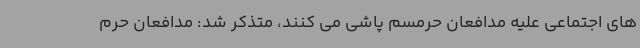
های اجتماعی علیه مدافعان حرمسم پاشی می کنند، متذکر شد: مدافعان حرم